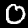
Digit: 0